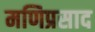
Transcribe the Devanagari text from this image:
मणिप्रसाद